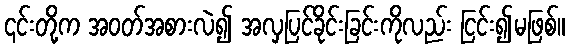
၎င်းတို့က အဝတ်အစားလဲ၍ အလှပြင်ခိုင်းခြင်းကိုလည်း ငြင်း၍မဖြစ်။